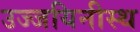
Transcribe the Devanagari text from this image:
उज्जयिनीस्थ